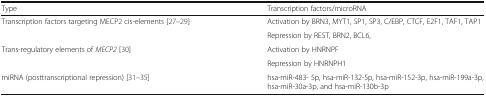
| Type | Transcription factors/microRNA |
 | --- | --- |
 | <ROWSPAN=2> Transcription factors targeting MECP2 cis-elements [27–29] | Activation by BRN3, MYT1, SP1, SP3, C/EBP, CTCF, E2F1, TAF1, TAP1 |
 | Repression by REST, BRN2, BCL6, |
 | <ROWSPAN=2> Trans-regulatory elements of MECP2 [30] | Activation by HNRNPF |
 | Repression by HNRNPH1 |
 | miRNA (posttranscriptional repression) [31–35] | hsa-miR-483- 5p, hsa-miR-132-5p, hsa-miR-152-3p, hsa-miR-199a-3p, hsa-miR-30a-3p, and hsa-miR-130b-3p |